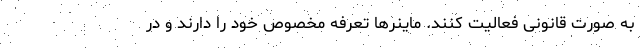
به صورت قانونی فعالیت کنند. ماینر‌ها تعرفه مخصوص خود را دارند و در